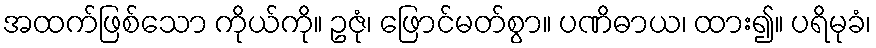
အထက်ဖြစ်သော ကိုယ်ကို။ ဥဇုံ၊ ဖြောင်မတ်စွာ။ ပဏိဓာယ၊ ထား၍။ ပရိမုခံ၊